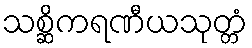
သစ္ဆိကရဏီယသုတ္တံ